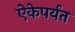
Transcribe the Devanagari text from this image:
ऐकेपर्यंत